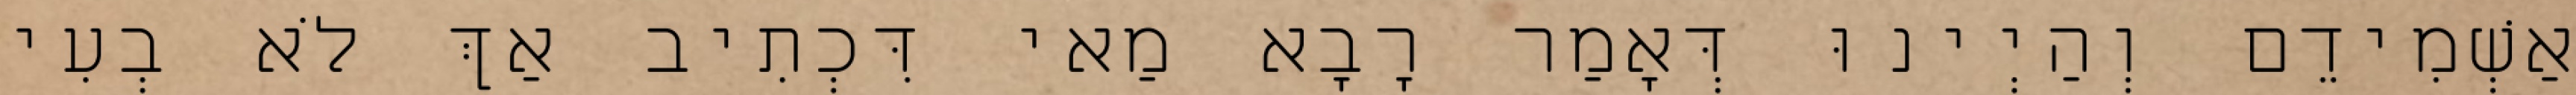
אַשְׁמִידֵם וְהַיְינוּ דְּאָמַר רָבָא מַאי דִּכְתִיב אַךְ לֹא בְעִי